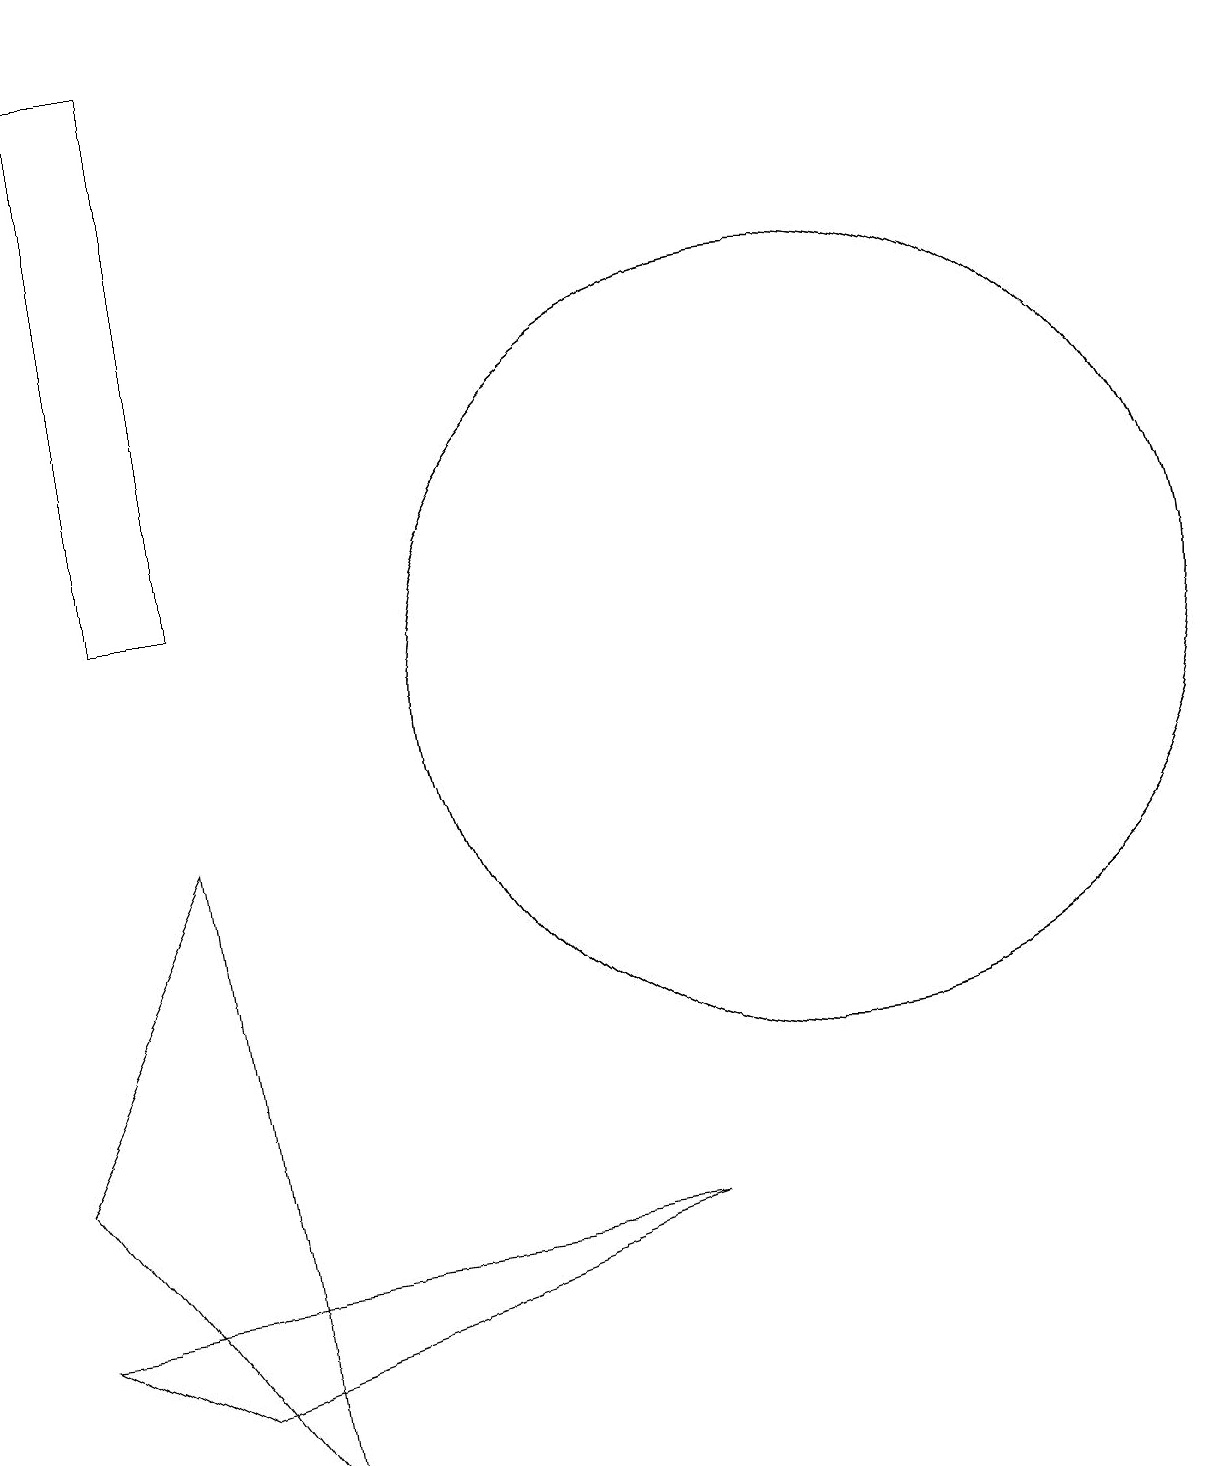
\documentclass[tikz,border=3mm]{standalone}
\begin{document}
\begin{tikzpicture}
\draw (2,8) -- (3,0) -- (0,4) -- cycle;
\draw (1,18) rectangle (2,11);
\draw (10,10) circle (5);
\draw (2,1) -- (0,2) -- (8,3) -- cycle;
\draw (10,10) circle (5);
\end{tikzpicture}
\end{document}